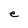
Character: e